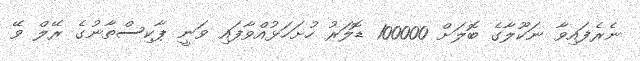
ނެރެފައިވާ ނަކޫލާގެ ބޮލަށް 100000 ޑޮލަރު ހުށަހަޅުއްވާފައި ވަނީ ޕާކިސްތާނުގެ ރޭލް ވޭ